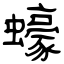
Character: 蠔